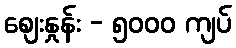
စျေးနှုန်း - ၅၀၀၀ ကျပ်